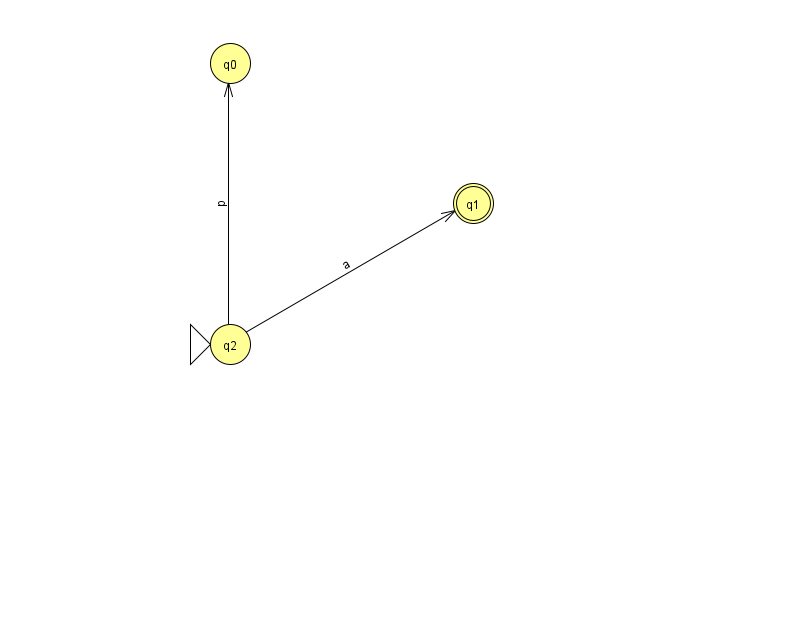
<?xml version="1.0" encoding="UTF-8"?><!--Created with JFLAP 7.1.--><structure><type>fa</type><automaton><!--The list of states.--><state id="0" name="q0"><x>230.0</x><y>50.0</y></state><state id="1" name="q1"><x>473.0</x><y>190.0</y><final/></state><state id="2" name="q2"><x>230.0</x><y>331.0</y><initial/></state><!--The list of transitions.--><transition><from>2</from><to>0</to><read>p</read></transition><transition><from>2</from><to>1</to><read>a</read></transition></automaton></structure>